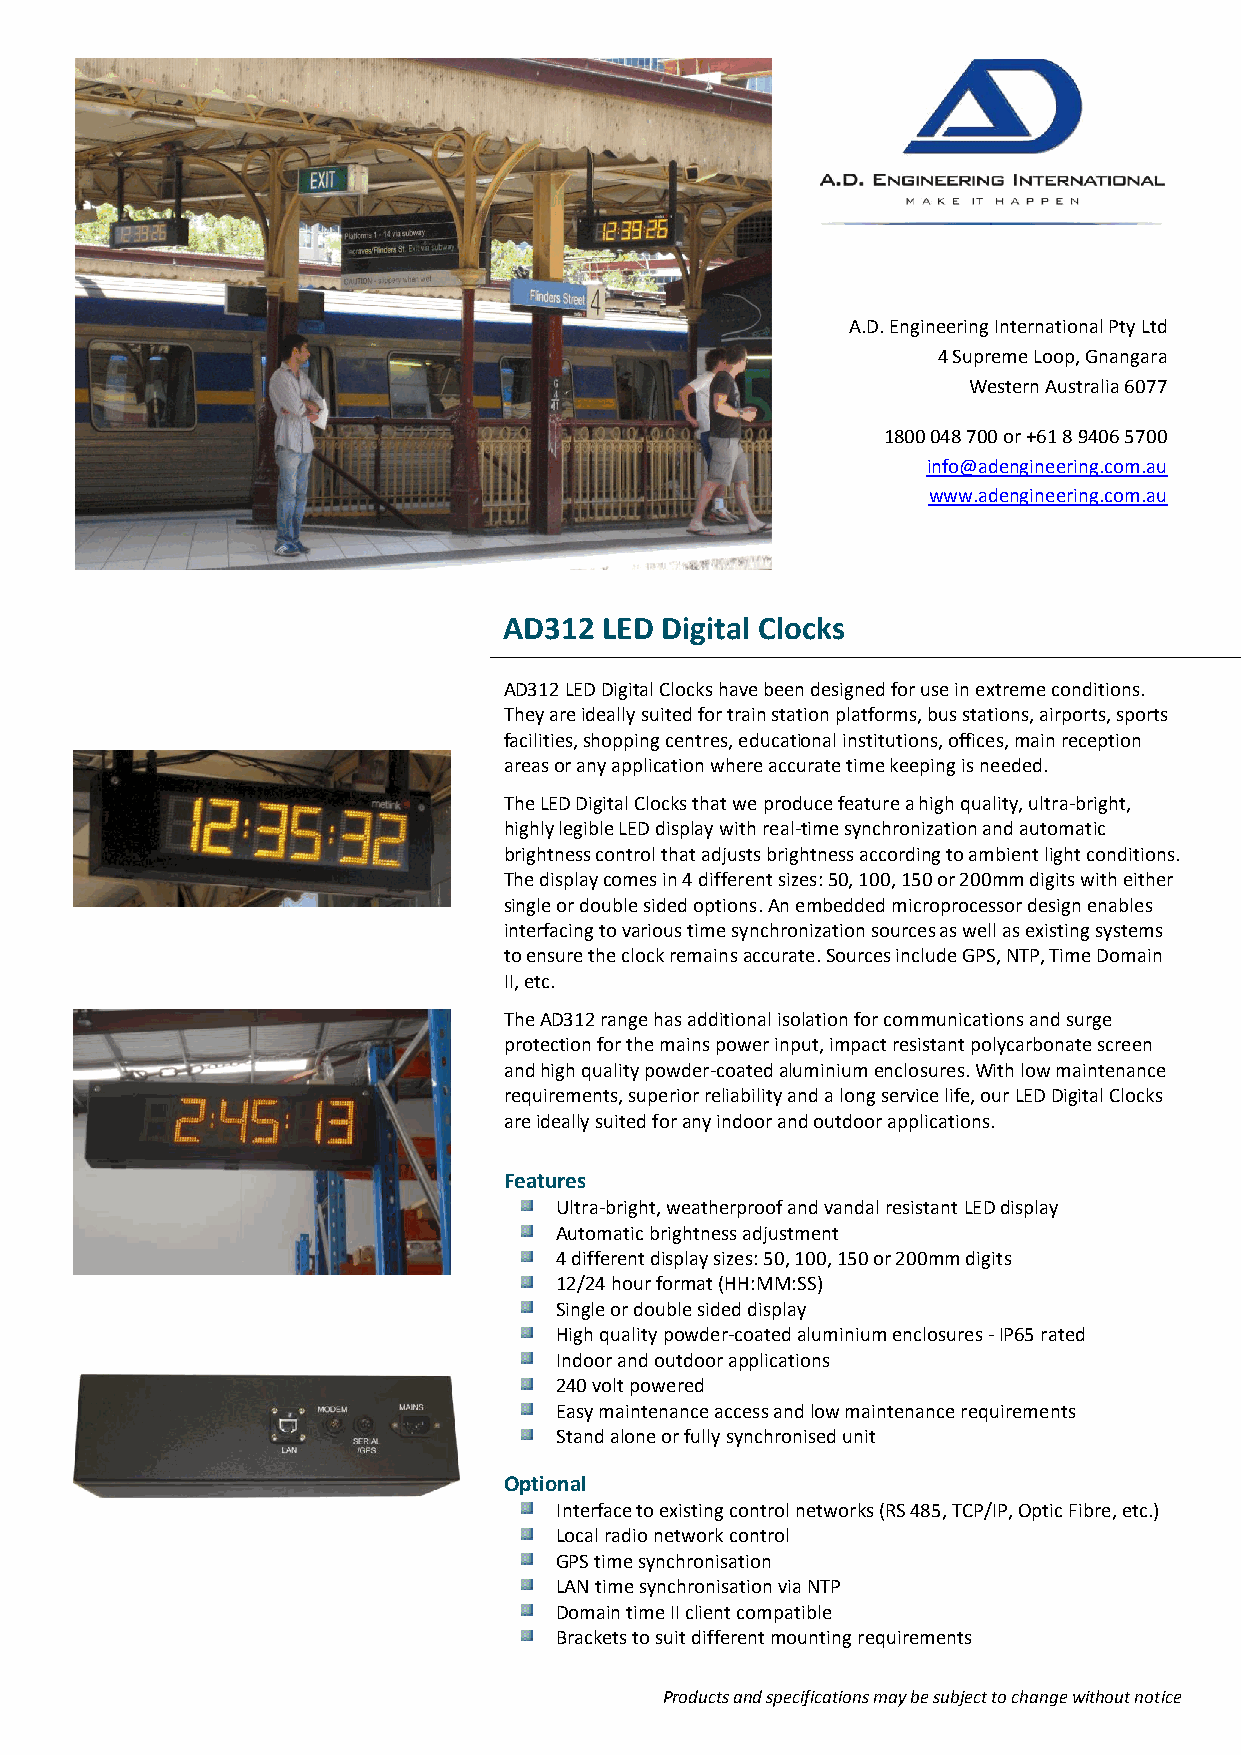
A.D. Engineering International Pty Ltd
 4 Supreme Loop, Gnangara
 Western Australia 6077
 1800 048 700 or +61 8 9406 5700
 info@adengineering.com.au
 www.adengineering.com.au
 AD312  LED Digital Clocks
 AD312 LED Digital Clocks have been designed for use in extreme conditions.
 They are ideally suited for train station platforms, bus stations, airports, sports
 facilities, shopping centres, educational institutions, offices, main reception
 areas or any application where accurate time keeping is needed.
 The LED Digital Clocks that we produce feature a high quality, ultra-bright,
 highly legible LED display with real-time synchronization and automatic
 brightness control that adjusts brightness according to ambient light conditions.
 The display comes in 4 different sizes: 50, 100, 150 or 200mm digits with either
 single or double sided options. An embedded microprocessor design enables
 interfacing to various time synchronization sources as well as existing systems
 to ensure the clock remains accurate. Sources include GPS, NTP, Time Domain
 II, etc.
 The AD312 range has additional isolation for communications and surge
 protection for the mains power input, impact resistant polycarbonate screen
 and high quality powder-coated aluminium enclosures. With low maintenance
 requirements, superior reliability and a long service life, our LED Digital Clocks
 are ideally suited for any indoor and outdoor applications.
 Features
 Ultra-bright, weatherproof and vandal resistant LED display
 Automatic brightness adjustment
 4 different display sizes: 50, 100, 150 or 200mm digits
 12/24 hour format (HH:MM:SS)
 Single or double sided display
 High quality powder-coated aluminium enclosures - IP65 rated
 Indoor and outdoor applications
 240 volt powered
 Easy maintenance access and low maintenance requirements
 Stand alone or fully synchronised unit
 Optional
 Interface to existing control networks (RS 485, TCP/IP, Optic Fibre, etc.)
 Local radio network control
 GPS time synchronisation
 LAN time synchronisation via NTP
 Domain time II client compatible
 Brackets to suit different mounting requirements
 Products and specifications may be subject to change without notice